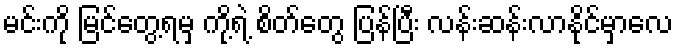
မင်းကို မြင်တွေ့ရမှ ကို့ရဲ့ စိတ်တွေ ပြန်ပြီး လန်းဆန်းလာနိုင်မှာလေ